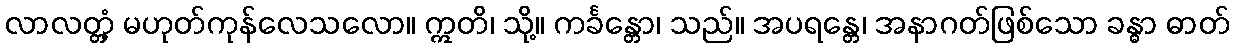
လာလတ္တံ့ မဟုတ်ကုန်လေသလော။ ဣတိ၊ သို့။ ကင်္ခန္တော၊ သည်။ အပရန္တေ၊ အနာဂတ်ဖြစ်သော ခန္ဓာ ဓာတ်